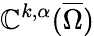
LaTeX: \mathbb{C}^{k,\alpha}({\overline{{{\Omega}}}})